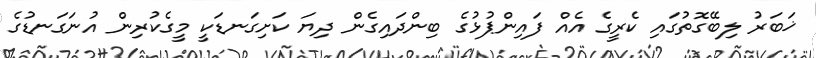
ޚަބަރު ލިބޭގޮތުގައި ކެރީގެ އެއް ފައިންޕުޅުގެ ބިންދައިގެން ދިޔަ ކަށިގަނޑަކީ މީގެކުރިން އުނަގަނޑުގެ